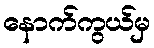
နောက်ကွယ်မှ